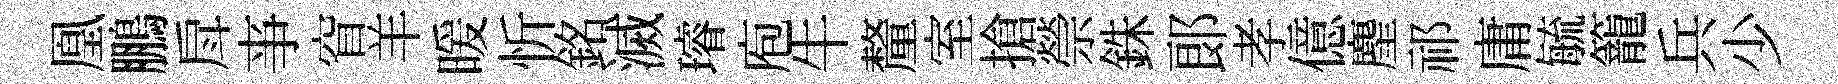
凰鵬戽亊窅羊暖忻銘滅璿庖牛釐室搶禜銖郞孝億麈祁庸毓籠兵少